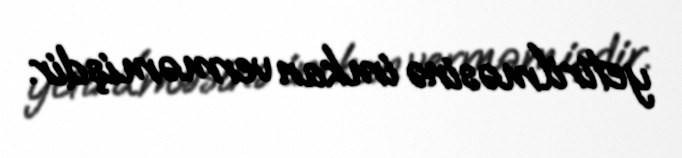
yetirilməsinə imkan verməmişdir.